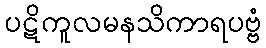
ပဋိကူလမနသိကာရပဗ္ဗံ